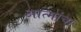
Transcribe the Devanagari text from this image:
आत्मांचा